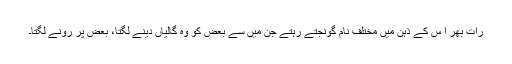
رات بھر ا س کے ذہن میں مختلف نام گونجتے رہتے جن میں سے بعض کو وہ گالیاں دینے لگتا، بعض پر رونے لگتا۔